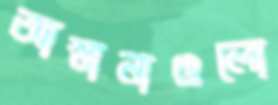
আস্তানাগুলো